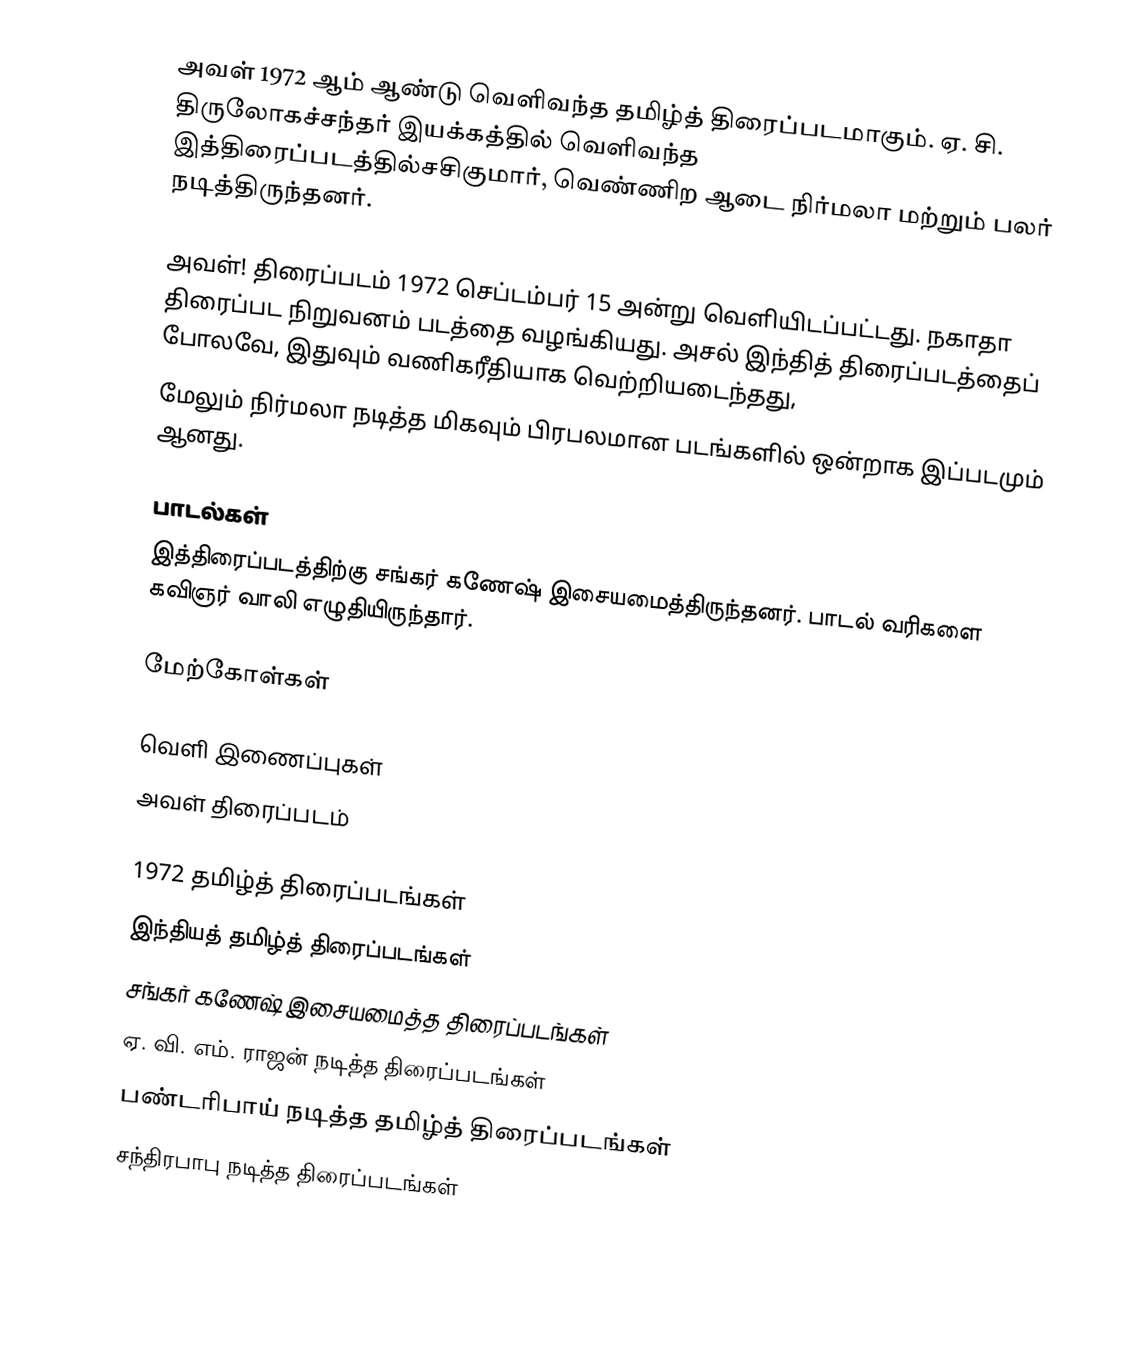
அவள் 1972 ஆம் ஆண்டு வெளிவந்த தமிழ்த் திரைப்படமாகும். ஏ. சி. திருலோகச்சந்தர் இயக்கத்தில் வெளிவந்த இத்திரைப்படத்தில்சசிகுமார், வெண்ணிற ஆடை நிர்மலா மற்றும் பலர் நடித்திருந்தனர்.

அவள்! திரைப்படம் 1972 செப்டம்பர் 15 அன்று வெளியிடப்பட்டது. நகாதா திரைப்பட நிறுவனம் படத்தை வழங்கியது. அசல் இந்தித் திரைப்படத்தைப் போலவே, இதுவும் வணிகரீதியாக வெற்றியடைந்தது,
மேலும் நிர்மலா நடித்த மிகவும் பிரபலமான படங்களில் ஒன்றாக இப்படமும் ஆனது.

பாடல்கள்
இத்திரைப்படத்திற்கு சங்கர் கணேஷ் இசையமைத்திருந்தனர். பாடல் வரிகளை கவிஞர் வாலி எழுதியிருந்தார்.

மேற்கோள்கள்

வெளி இணைப்புகள்
 அவள் திரைப்படம்

1972 தமிழ்த் திரைப்படங்கள்
இந்தியத் தமிழ்த் திரைப்படங்கள்
சங்கர் கணேஷ் இசையமைத்த திரைப்படங்கள்
ஏ. வி. எம். ராஜன் நடித்த திரைப்படங்கள்
பண்டரிபாய் நடித்த தமிழ்த் திரைப்படங்கள்
சந்திரபாபு நடித்த திரைப்படங்கள்